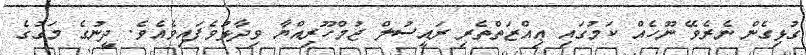
ގުޅިގެން ނެރެވޭ ނޫހެއް ކަމުގައި ޢިއްޒަތްތެރި ރައީސުލް ޖުމްހޫރިއްޔާ ވިދާޅުވެފައިވެއެވެ. ދީނުގެ މަގުގެ